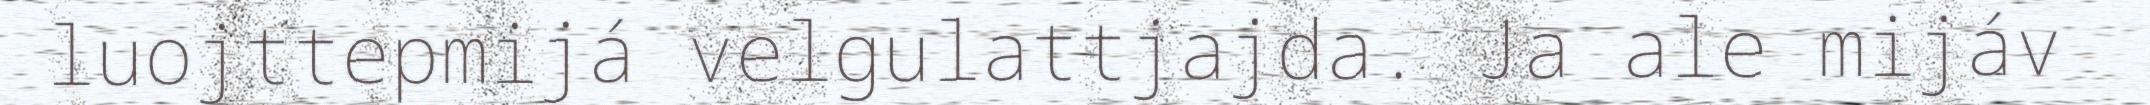
luojttepmijá velgulattjajda. Ja ale mijáv